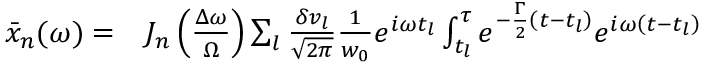
\begin{array} { r l } { \bar { x } _ { n } ( \omega ) = } & { { } J _ { n } \left( \frac { \Delta \omega } { \Omega } \right) \sum _ { l } \frac { \delta v _ { l } } { \sqrt { 2 \pi } } \frac { 1 } { w _ { 0 } } e ^ { i \omega t _ { l } } \int _ { t _ { l } } ^ { \tau } e ^ { - \frac { \Gamma } { 2 } \left( t - t _ { l } \right) } e ^ { i \omega \left( t - t _ { l } \right) } } \end{array}